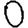
Digit: 0